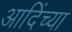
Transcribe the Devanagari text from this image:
आदिंच्या